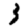
Digit: 3